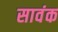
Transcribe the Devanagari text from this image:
सावंक